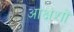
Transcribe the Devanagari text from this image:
आक्षंशों